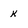
Character: K